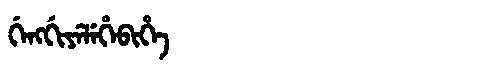
Manchu: ᡤᡝᠩᡤᡳᠶᡝᠯᡝᡥᡝᠪᡳᡥᡝ
Romanization: GENGGIYELEHEBIHE